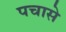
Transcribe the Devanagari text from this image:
पचासे